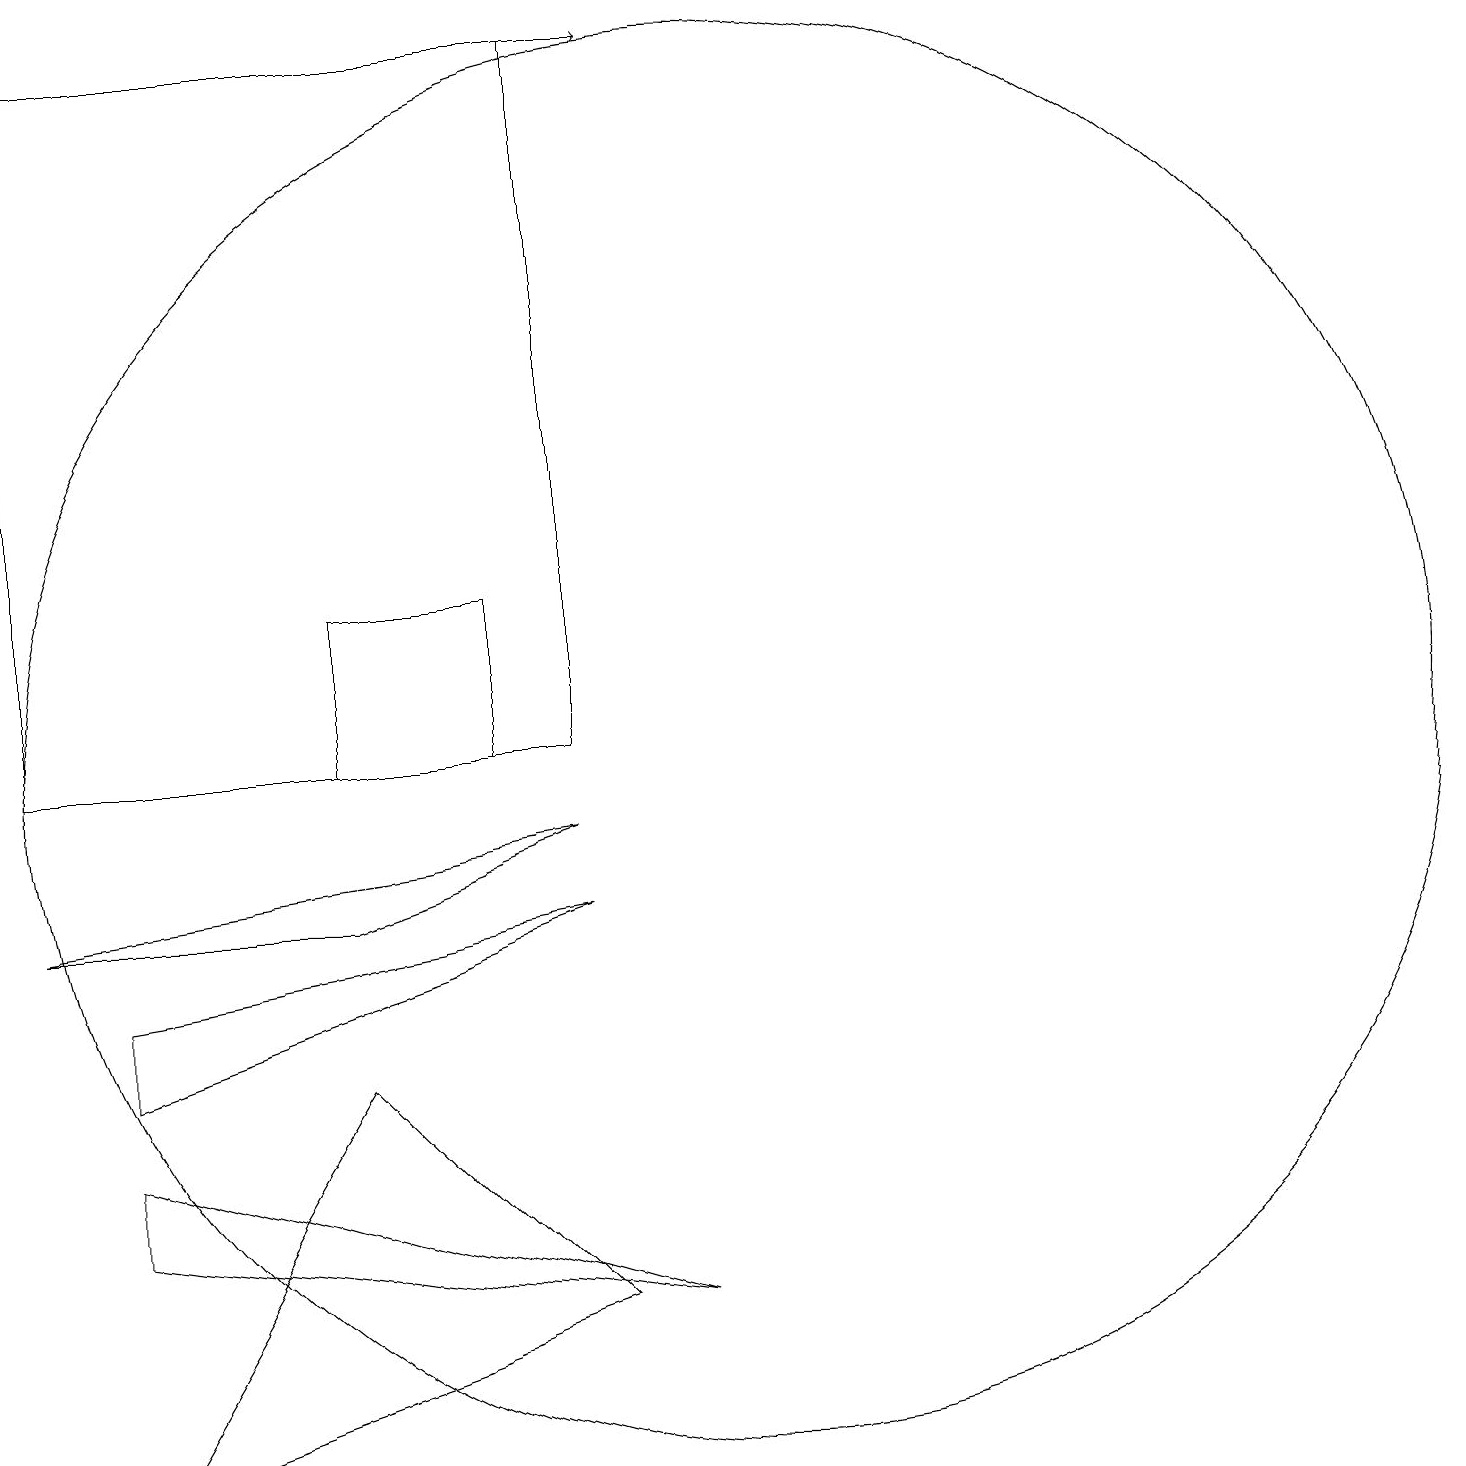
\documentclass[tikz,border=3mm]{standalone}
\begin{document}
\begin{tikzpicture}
\draw (8,10) rectangle (1,19);
\draw[->] (7,19) -- (9,19);
\draw (5,8) -- (8,9) -- (1,8) -- cycle;
\draw (10,10) circle (9);
\draw (2,7) -- (2,6) -- (8,8) -- cycle;
\draw (9,3) -- (2,5) -- (2,4) -- cycle;
\draw (8,3) -- (5,6) -- (2,1) -- cycle;
\draw (7,10) rectangle (5,12);
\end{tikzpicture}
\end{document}